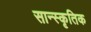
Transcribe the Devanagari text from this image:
सान्स्कृतिक